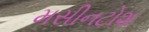
મસીનટોશ